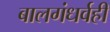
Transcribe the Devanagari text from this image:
बालगंधर्वही